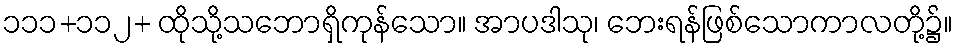
၁၁၁+၁၁၂+ ထိုသို့သဘောရှိကုန်သော။ အာပဒါသု၊ ဘေးရန်ဖြစ်သောကာလတို့၌။